255_413270_UFO's_and_Defense_What_Should_we_Prepare_For
Agency: NASA
Page 22
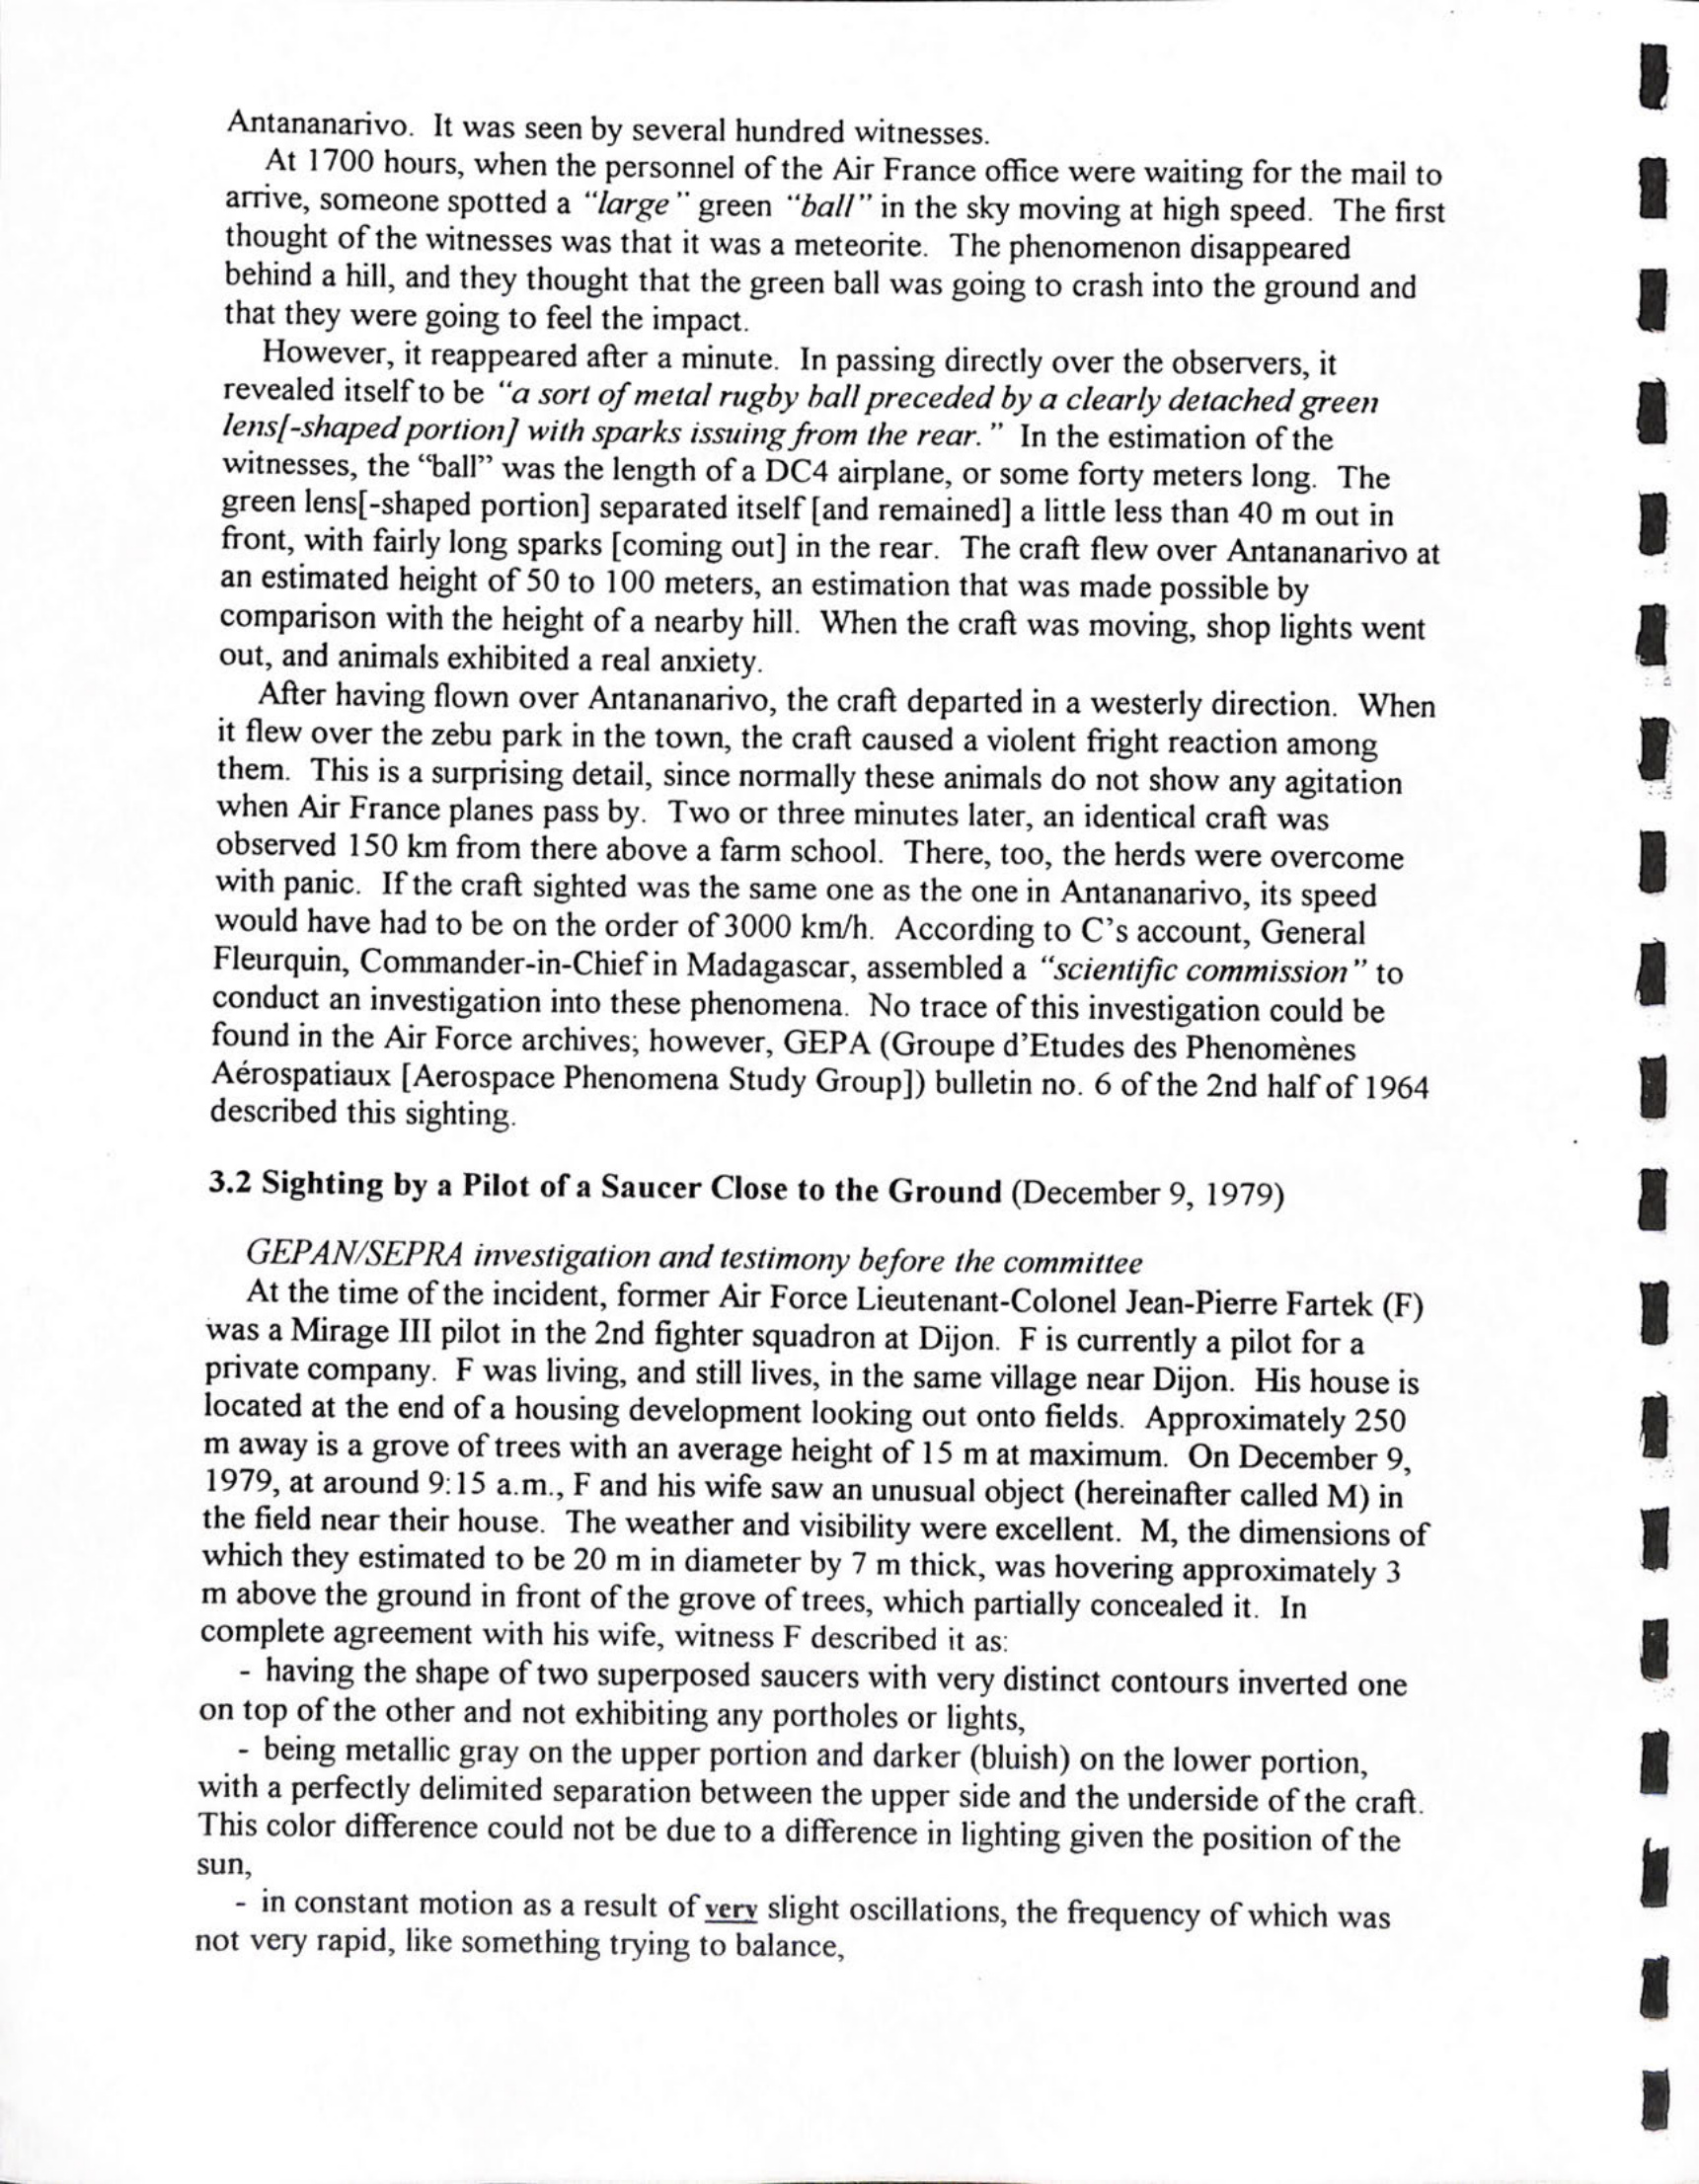